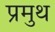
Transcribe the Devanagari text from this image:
प्रमुथ